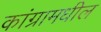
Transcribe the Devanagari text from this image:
कांग्रामधील